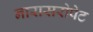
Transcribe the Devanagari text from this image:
नारासरोपेट